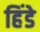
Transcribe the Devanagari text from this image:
हिंडे